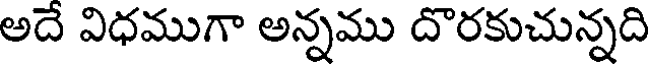
అదే విధముగా అన్నము దొరకుచున్నది